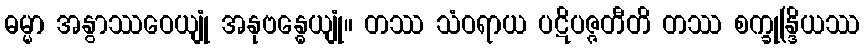
ဓမ္မာ အနွာဿဝေယျုံ အနုဗန္ဓေယျုံ။ တဿ သံဝရာယ ပဋိပဇ္ဇတီတိ တဿ စက္ခုန္ဒြိယဿ